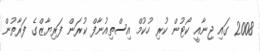
2008 ގައި ޖިނާއީ ކޯޓުން ކުރި ހުކުމް އިސްތިއުނާފް ކުރަން ފަރިޔާޒްގެ ފަރާތުން